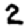
Digit: 2